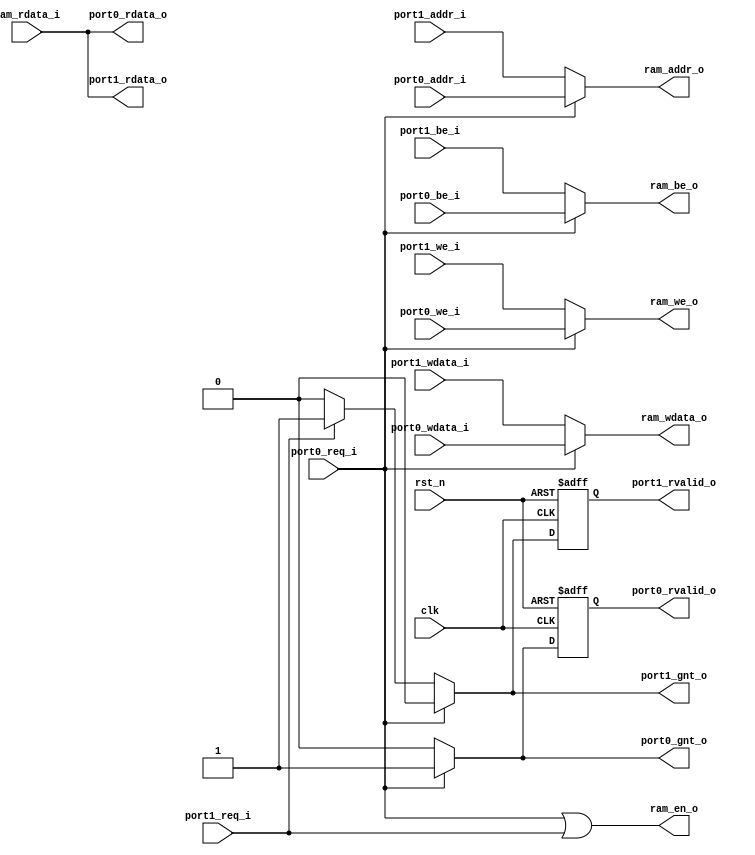
module ram_mux 
#(
    parameter ADDR_WIDTH = 32,
    parameter OUT_WIDTH = 32,
    parameter IN0_WIDTH = 32, // in widths cannot be bigger than out width
    parameter IN1_WIDTH = 32
  )
(
	clk,
	rst_n,
	port0_req_i,
	port0_gnt_o,
	port0_rvalid_o,
	port0_addr_i,
	port0_we_i,
	port0_be_i,
	port0_rdata_o,
	port0_wdata_i,
	port1_req_i,
	port1_gnt_o,
	port1_rvalid_o,
	port1_addr_i,
	port1_we_i,
	port1_be_i,
	port1_rdata_o,
	port1_wdata_i,
	ram_en_o,
	ram_addr_o,
	ram_we_o,
	ram_be_o,
	ram_rdata_i,
	ram_wdata_o
);
	//parameter ADDR_WIDTH = 32;
	//parameter OUT_WIDTH = 32;
	//parameter IN0_WIDTH = 32;
	//parameter IN1_WIDTH = 32;
	input wire clk;
	input wire rst_n;
	input wire port0_req_i;
	output reg port0_gnt_o;
	output reg port0_rvalid_o;
	input wire [ADDR_WIDTH - 1:0] port0_addr_i;
	input wire port0_we_i;
	input wire [(IN0_WIDTH / 8) - 1:0] port0_be_i;
	output wire [IN0_WIDTH - 1:0] port0_rdata_o;
	input wire [IN0_WIDTH - 1:0] port0_wdata_i;
	input wire port1_req_i;
	output reg port1_gnt_o;
	output reg port1_rvalid_o;
	input wire [ADDR_WIDTH - 1:0] port1_addr_i;
	input wire port1_we_i;
	input wire [(IN1_WIDTH / 8) - 1:0] port1_be_i;
	output wire [IN1_WIDTH - 1:0] port1_rdata_o;
	input wire [IN1_WIDTH - 1:0] port1_wdata_i;
	output wire ram_en_o;
	output wire [ADDR_WIDTH - 1:0] ram_addr_o;
	output wire ram_we_o;
	output wire [(OUT_WIDTH / 8) - 1:0] ram_be_o;
	input wire [OUT_WIDTH - 1:0] ram_rdata_i;
	output wire [OUT_WIDTH - 1:0] ram_wdata_o;
	localparam IN0_ADDR_HIGH = $clog2(OUT_WIDTH / 8) - 1;
	localparam IN0_ADDR_LOW = $clog2(IN0_WIDTH / 8);
	localparam IN0_RATIO = OUT_WIDTH / IN0_WIDTH;
	wire [(OUT_WIDTH / 8) - 1:0] port0_be;
	genvar i0;
	generate
		if (IN0_ADDR_HIGH >= IN0_ADDR_LOW) begin : genblk1
			reg port0_addr_q;
			wire [(IN0_RATIO * IN0_WIDTH) - 1:0] port0_rdata;
			always @(posedge clk or negedge rst_n)
				if (~rst_n)
					port0_addr_q <= 1'sb0;
				else if (port0_gnt_o)
					port0_addr_q <= port0_addr_i[IN0_ADDR_HIGH:IN0_ADDR_LOW];
			for (i0 = 0; i0 < IN0_RATIO; i0 = i0 + 1) begin : genblk1
				assign port0_be[(((i0 + 1) * IN0_WIDTH) / 8) - 1:(i0 * IN0_WIDTH) / 8] = (i0 == port0_addr_i[IN0_ADDR_HIGH:IN0_ADDR_LOW] ? port0_be_i : {(((((i0 + 1) * IN0_WIDTH) / 8) - 1) >= ((i0 * IN0_WIDTH) / 8) ? (((((i0 + 1) * IN0_WIDTH) / 8) - 1) - ((i0 * IN0_WIDTH) / 8)) + 1 : (((i0 * IN0_WIDTH) / 8) - ((((i0 + 1) * IN0_WIDTH) / 8) - 1)) + 1) {1'sb0}});
				assign port0_rdata[i0 * IN0_WIDTH+:IN0_WIDTH] = ram_rdata_i[((i0 + 1) * IN0_WIDTH) - 1:i0 * IN0_WIDTH];
			end
			assign port0_rdata_o = port0_rdata[port0_addr_q * IN0_WIDTH+:IN0_WIDTH];
		end
		else begin : genblk1
			assign port0_be = port0_be_i;
			assign port0_rdata_o = ram_rdata_i;
		end
	endgenerate
	localparam IN1_ADDR_HIGH = $clog2(OUT_WIDTH / 8) - 1;
	localparam IN1_ADDR_LOW = $clog2(IN1_WIDTH / 8);
	localparam IN1_RATIO = OUT_WIDTH / IN1_WIDTH;
	wire [(OUT_WIDTH / 8) - 1:0] port1_be;
	genvar i1;
	generate
		if (IN1_ADDR_HIGH >= IN1_ADDR_LOW) begin : genblk2
			reg port1_addr_q;
			wire [(IN1_RATIO * IN1_WIDTH) - 1:0] port1_rdata;
			always @(posedge clk or negedge rst_n)
				if (~rst_n)
					port1_addr_q <= 1'sb0;
				else if (port1_gnt_o)
					port1_addr_q <= port1_addr_i[IN1_ADDR_HIGH:IN1_ADDR_LOW];
			for (i1 = 0; i1 < (OUT_WIDTH / IN1_WIDTH); i1 = i1 + 1) begin : genblk1
				assign port1_be[(((i1 + 1) * IN1_WIDTH) / 8) - 1:(i1 * IN1_WIDTH) / 8] = (i1 == port1_addr_i[IN1_ADDR_HIGH:IN1_ADDR_LOW] ? port1_be_i : {(((((i1 + 1) * IN1_WIDTH) / 8) - 1) >= ((i1 * IN1_WIDTH) / 8) ? (((((i1 + 1) * IN1_WIDTH) / 8) - 1) - ((i1 * IN1_WIDTH) / 8)) + 1 : (((i1 * IN1_WIDTH) / 8) - ((((i1 + 1) * IN1_WIDTH) / 8) - 1)) + 1) {1'sb0}});
				assign port1_rdata[i1 * IN1_WIDTH+:IN1_WIDTH] = ram_rdata_i[((i1 + 1) * IN1_WIDTH) - 1:i1 * IN1_WIDTH];
			end
			assign port1_rdata_o = port1_rdata[port1_addr_q * IN1_WIDTH+:IN1_WIDTH];
		end
		else begin : genblk2
			assign port1_be = port1_be_i;
			assign port1_rdata_o = ram_rdata_i;
		end
	endgenerate
	always @(*) begin
		port0_gnt_o = 1'b0;
		port1_gnt_o = 1'b0;
		if (port0_req_i)
			port0_gnt_o = 1'b1;
		else if (port1_req_i)
			port1_gnt_o = 1'b1;
	end
	assign ram_en_o = port0_req_i | port1_req_i;
	assign ram_addr_o = (port0_req_i ? port0_addr_i : port1_addr_i);
	assign ram_wdata_o = (port0_req_i ? {OUT_WIDTH / IN0_WIDTH {port0_wdata_i}} : {OUT_WIDTH / IN1_WIDTH {port1_wdata_i}});
	assign ram_we_o = (port0_req_i ? port0_we_i : port1_we_i);
	assign ram_be_o = (port0_req_i ? port0_be : port1_be);
	always @(posedge clk or negedge rst_n)
		if (rst_n == 1'b0) begin
			port0_rvalid_o <= 1'b0;
			port1_rvalid_o <= 1'b0;
		end
		else begin
			port0_rvalid_o <= port0_gnt_o;
			port1_rvalid_o <= port1_gnt_o;
		end
endmodule